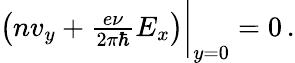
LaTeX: \begin{array}{r}{\left(nv_{y}+\frac{e\nu}{2\pi\hbar}E_{x}\right)\bigg|_{y=0}=0\, .}\end{array}